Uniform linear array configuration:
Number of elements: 16
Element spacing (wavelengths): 0.5
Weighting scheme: hamming
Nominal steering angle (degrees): -45
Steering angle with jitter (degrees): -43.143
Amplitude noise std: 0.05
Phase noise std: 0.05

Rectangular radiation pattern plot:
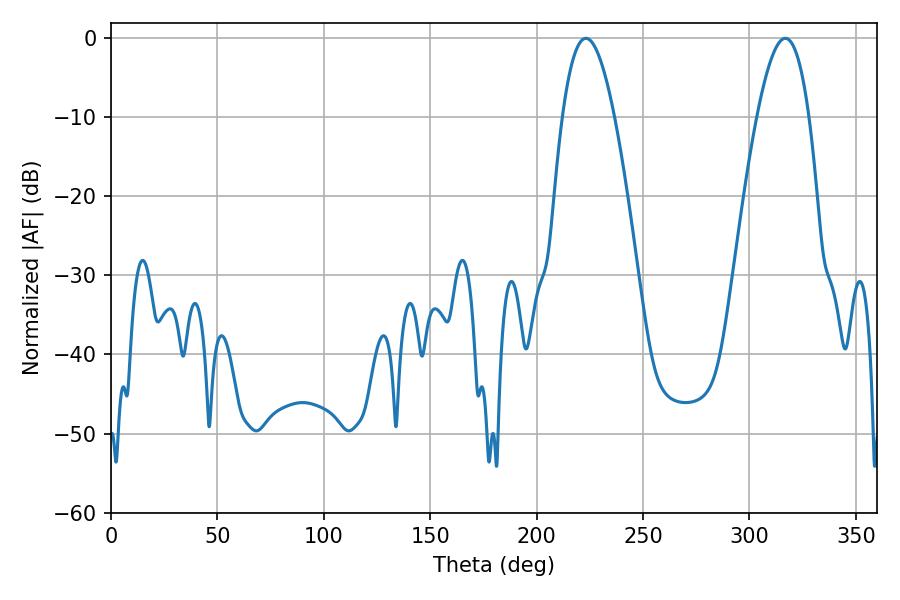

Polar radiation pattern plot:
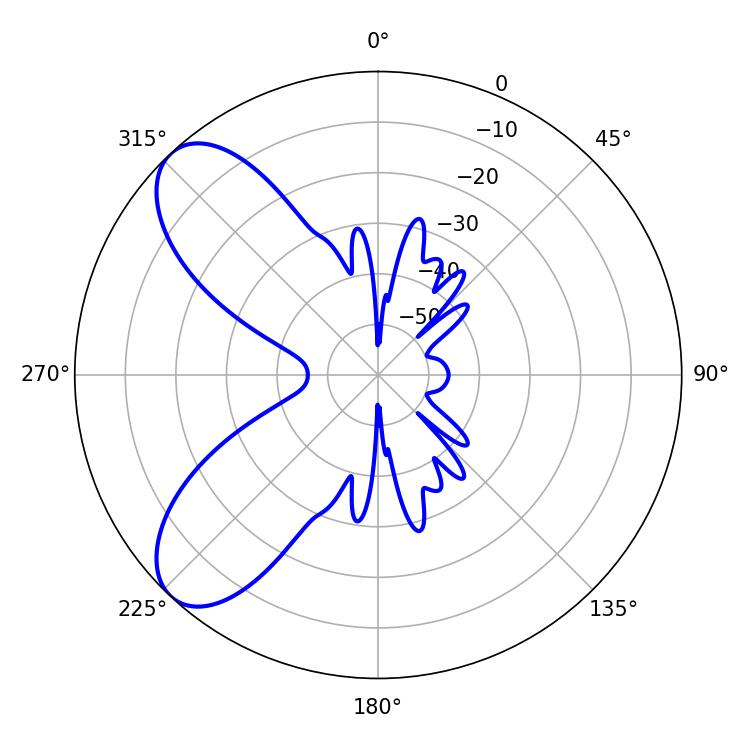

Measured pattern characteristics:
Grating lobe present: FALSE
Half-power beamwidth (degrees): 13.32
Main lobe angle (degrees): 223.2